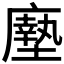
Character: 𫸃